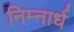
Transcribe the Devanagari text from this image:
निम्नार्ध